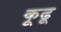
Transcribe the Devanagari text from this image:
कूढू